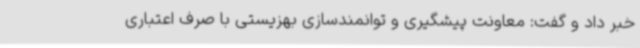
خبر داد و گفت: معاونت پیشگیری و توانمندسازی بهزیستی با صرف اعتباری